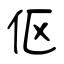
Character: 伛